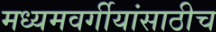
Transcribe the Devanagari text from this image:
मध्यमवर्गीयांसाठीच